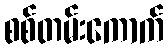
စစ်တမ်းကောက်